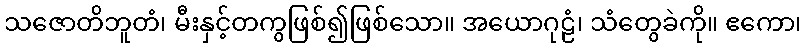
သဇောတိဘူတံ၊ မီးနှင့်တကွဖြစ်၍ဖြစ်သော။ အယောဂုဠံ၊ သံတွေခဲကို။ ဧကော၊